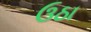
ઉઠા